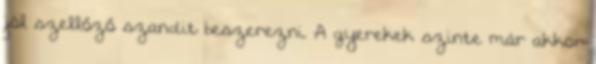
jól szellőző szandit beszerezni. A gyerekek szinte már akkor